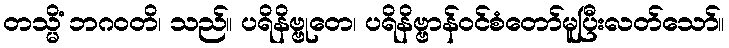
တသ္မိံ ဘဂဝတိ၊ သည်။ ပရိနိဗ္ဗုတေ၊ ပရိနိဗ္ဗာန်ဝင်စံတော်မူပြီးလတ်သော်။